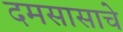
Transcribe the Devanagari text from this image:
दमसासाचे